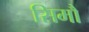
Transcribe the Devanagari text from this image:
सिमौं